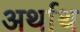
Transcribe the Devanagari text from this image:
अर्थाथ